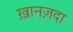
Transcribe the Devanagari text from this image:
ख़ानज़दा